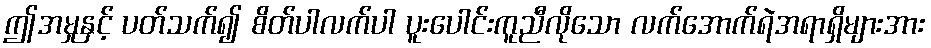
ဤအမှုနှင့် ပတ်သက်၍ စိတ်ပါလက်ပါ ပူးပေါင်းကူညီလိုသော လက်အောက်ရဲအရာရှိများအား